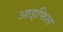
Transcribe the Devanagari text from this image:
आइफिल